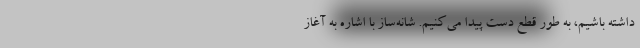
داشته باشیم، به طور قطع دست پیدا می‌کنیم. شانه‌ساز با اشاره به آغاز